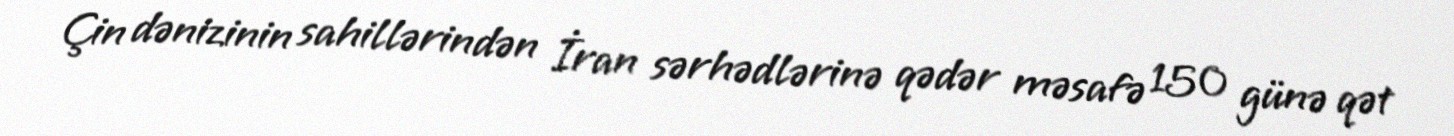
Çin dənizinin sahillərindən İran sərhədlərinə qədər məsafə 150 günə qət